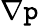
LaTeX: \nabla\mathtt{p}